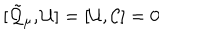
LaTeX: [ \tilde { \cal Q } _ { \mu } , { \cal U } ] = [ { \cal U } , { \cal C } ] = 0